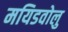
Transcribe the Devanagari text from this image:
मयिडवोलु